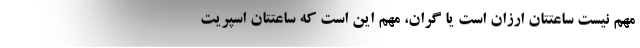
مهم نیست ساعتتان ارزان است یا گران، مهم این است که ساعتتان اسپریت